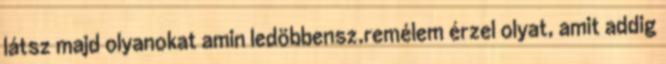
látsz majd olyanokat amin ledöbbensz.remélem érzel olyat, amit addig